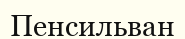
Пенсильван